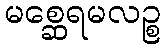
မစ္ဆေရမလဉ္စ